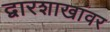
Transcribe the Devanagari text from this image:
द्वारशाखांवर